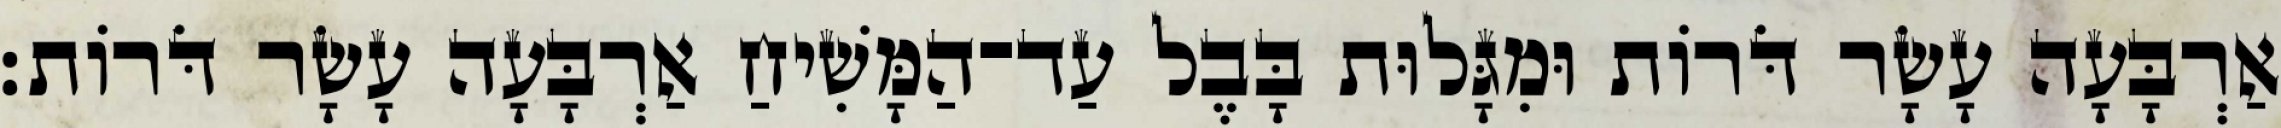
אַרְבָּעָה עָשָׂר דֹּרוֹת וּמִגָּלוּת בָּבֶל עַד־הַמָּשִׁיחַ אַרְבָּעָה עָשָׂר דֹּרוֹת׃